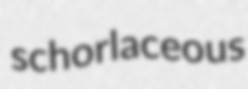
schorlaceous